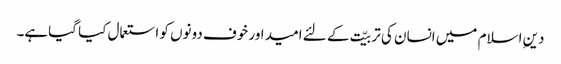
دینِ اسلام میں انسان کی تربیّت کے لئے امید اور خوف دونوں کو استعمال کیا گیاہے۔